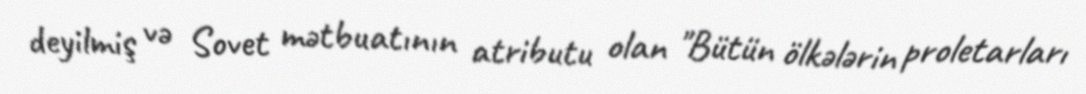
deyilmiş və Sovet mətbuatının atributu olan "Bütün ölkələrin proletarları